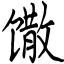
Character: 馓